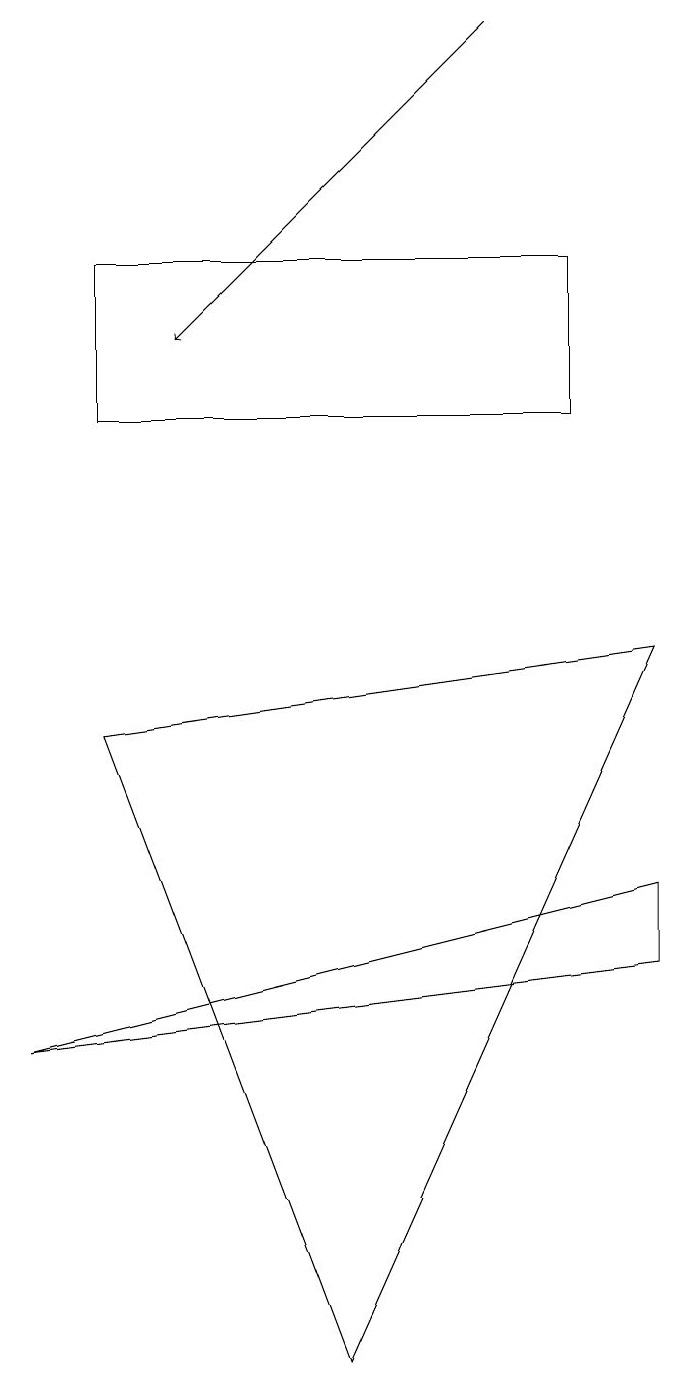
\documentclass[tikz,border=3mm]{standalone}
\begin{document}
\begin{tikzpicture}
\draw[->] (7,17) -- (3,13);
\draw (2,8) -- (5,0) -- (9,9) -- cycle;
\draw (9,6) -- (9,5) -- (1,4) -- cycle;
\draw (8,14) rectangle (2,12);
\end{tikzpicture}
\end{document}